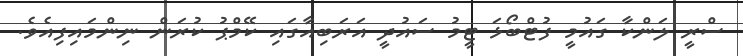
ސްރީ ލަންކާ ގައުމީ ފުޓްބޯޅަ ޓީމު ސައުދީ އަރަބިއާގައި ކޭމްޕު ކުރަން ނިންމައިފިއެވެ.